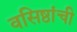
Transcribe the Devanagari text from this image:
वसिष्ठांची